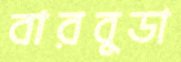
বারবুডা